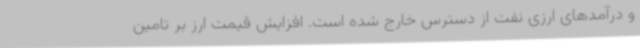
و درآمدهای ارزی نفت از دسترس خارج شده است. افزایش قیمت ارز بر تامین